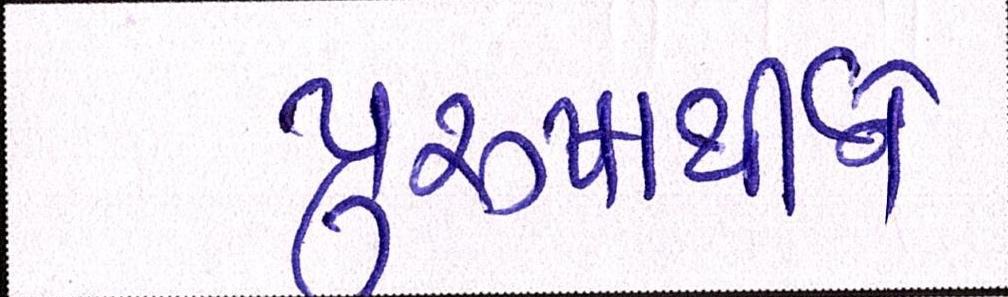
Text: પુરુષાર્થીને